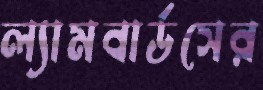
ল্যামবার্ডসের